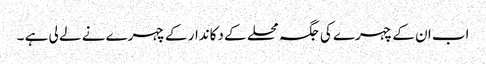
اب ان کے چہرے کی جگہ محلے کے دکاندار کے چہرے نے لے لی ہے ۔